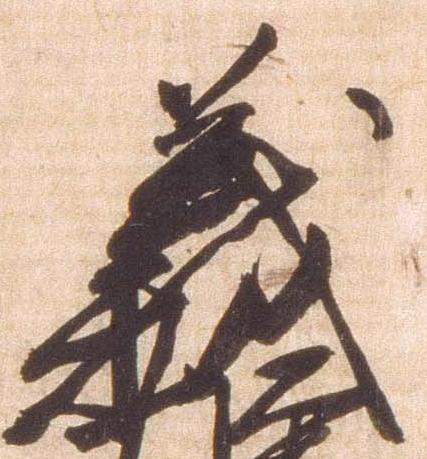
義